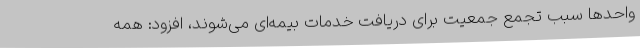
واحدها سبب تجمع جمعیت برای دریافت خدمات بیمه‌ای می‌شوند، افزود: همه